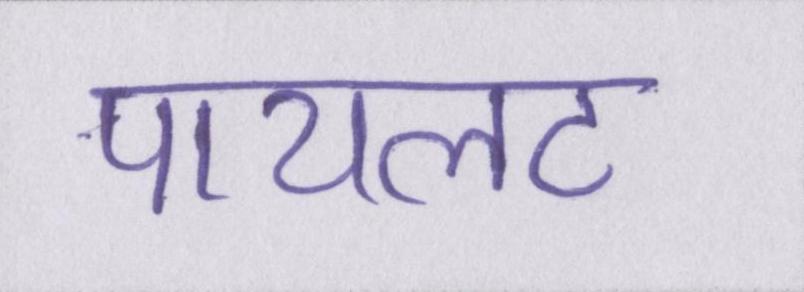
पायलट